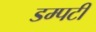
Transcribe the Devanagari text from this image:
डम्पटी